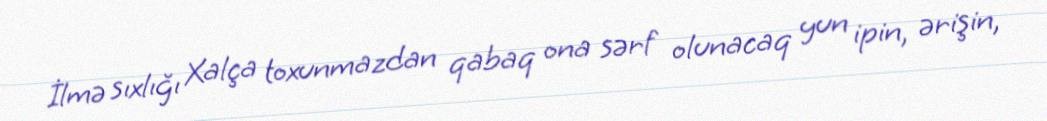
İlmə sıxlığı Xalça toxunmazdan qabaq ona sərf olunacaq yun ipin, ərişin,